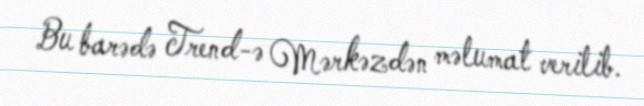
Bu barədə Trend-ə Mərkəzdən məlumat verilib.